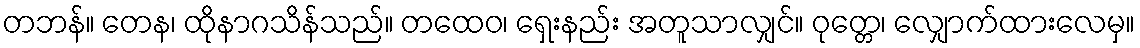
တဘန်။ တေန၊ ထိုနာဂသိန်သည်။ တထေဝ၊ ရှေးနည်း အတူသာလျှင်။ ဝုတ္တေ၊ လျှောက်ထားလေမှ။